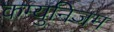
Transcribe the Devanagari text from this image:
कम्युनिजम